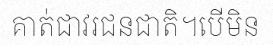
គាត់ជាវរជនជាតិ។បើមិន